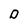
Character: D